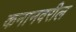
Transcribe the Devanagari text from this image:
कनानवरील